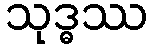
သုဒ္ဓဿ